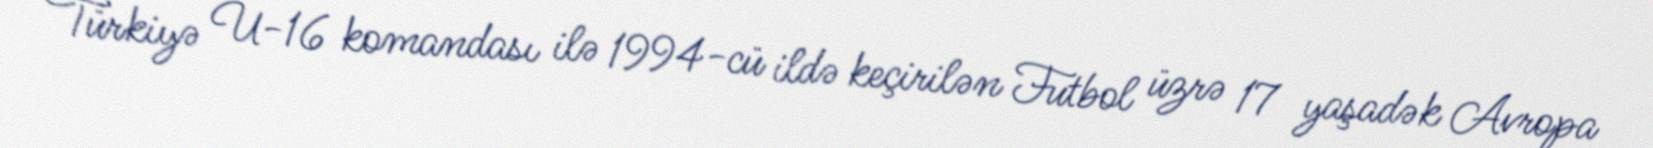
Türkiyə U-16 komandası ilə 1994-cü ildə keçirilən Futbol üzrə 17 yaşadək Avropa